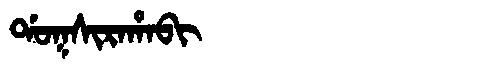
Manchu: ᡩᠣᡴᠰᡳᡵᠠᡥᠠᠪᡳ
Romanization: DOKSIRAHABI